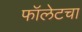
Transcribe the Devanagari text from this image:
फॉलेटचा